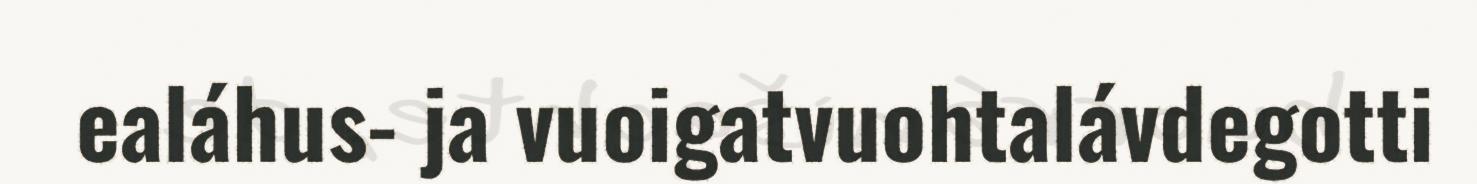
ealáhus- ja vuoigatvuohtalávdegotti